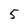
Character: 5